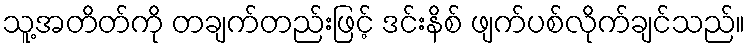
သူ့အတိတ်ကို တချက်တည်းဖြင့် ဒင်းနိစ် ဖျက်ပစ်လိုက်ချင်သည်။